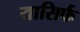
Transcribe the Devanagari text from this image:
यासिर्फ